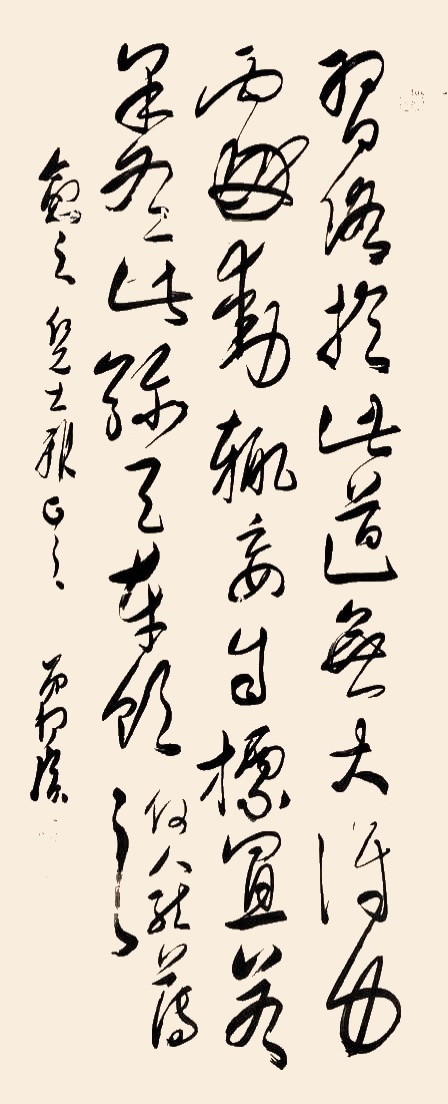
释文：习口于此道无大得力处，动辄妄自标置，若果有此弥天本领，何人能薄之。愈之仁兄大雅正之。弟柯璜。